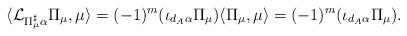
LaTeX: \begin{align*} \langle \mathcal{L}_{\Pi_\mu^{\sharp} \alpha} \Pi_\mu , \mu \rangle = (-1)^m (\iota_{d_A \alpha} \Pi_\mu) \langle \Pi_\mu, \mu \rangle = (-1)^m (\iota_{d_A \alpha} \Pi_\mu).\end{align*}